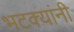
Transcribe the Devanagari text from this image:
भटक्यांनी